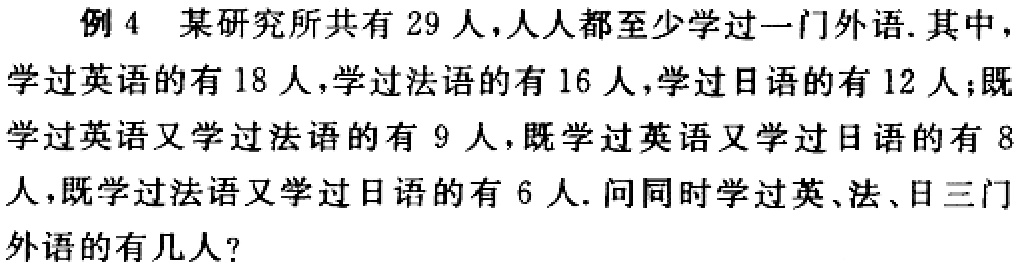
例 4 某研究所共有 29 人，人人都至少学过一门外语. 其中，学过英语的有 18 人，学过法语的有 16 人，学过日语的有 12 人；既学过英语又学过法语的有 9 人，既学过英语又学过日语的有 8 人，既学过法语又学过日语的有 6 人. 问同时学过英、法、日三门外语的有几人？